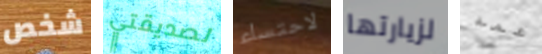
شخص لصديقتي لاحتساء لزيارتها عمه